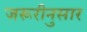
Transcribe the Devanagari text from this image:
जरूरीनुसार